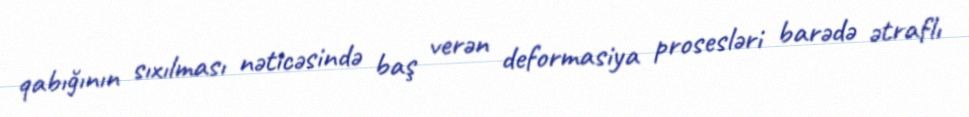
qabığının sıxılması nəticəsində baş verən deformasiya prosesləri barədə ətraflı